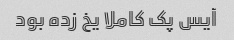
آیس پک کاملا یخ زده بود